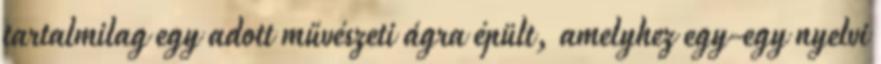
tartalmilag egy adott művészeti ágra épült, amelyhez egy-egy nyelvi